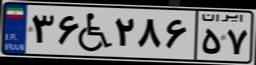
۴۶W۰۵۲۹۳